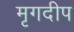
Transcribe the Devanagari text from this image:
मृगदीप